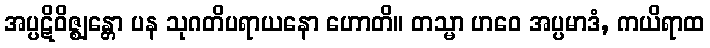
အပ္ပဋိဝိဇ္ဈန္တော ပန သုဂတိပရာယနော ဟောတိ။ တသ္မာ ဟဝေ အပ္ပမာဒံ, ကယိရာထ